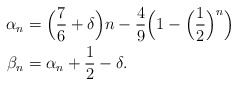
\begin{align*}\alpha_n=\;&\Big(\frac{7}{6}+\delta\Big)n-\frac{4}{9}\Big(1-\Big(\frac{1}{2}\Big)^n\Big)\\\beta_n=\;&\alpha_n+\frac{1}{2}-\delta.\end{align*}